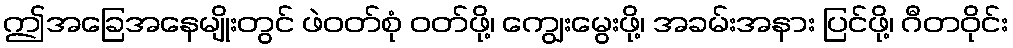
ဤအခြေအနေမျိုးတွင် ဖဲဝတ်စုံ ဝတ်ဖို့၊ ကျွေးမွေးဖို့၊ အခမ်းအနား ပြင်ဖို့၊ ဂီတဝိုင်း